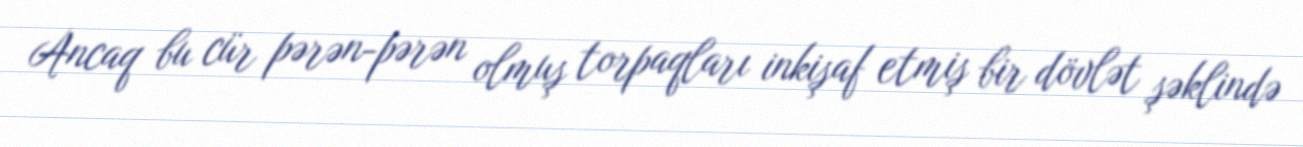
Ancaq bu cür pərən-pərən olmuş torpaqları inkişaf etmiş bir dövlət şəklində